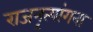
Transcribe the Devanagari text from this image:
राजनृत्यांगना